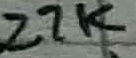
Text: 27K